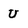
Character: U